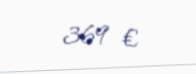
369 €